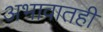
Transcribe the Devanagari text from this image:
अभावातही